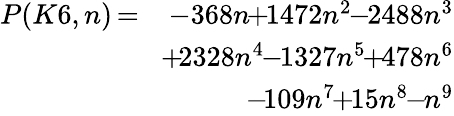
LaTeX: \begin{array}{rlr}{P(K6,n)}&{\! \! \! \! \! =\! \! \! \! \! }&{-368n\! \! +\! \! 1472n^{2}\! \! -\! \! 2488n^{3}}\\ &{}&{\! \! +\! 2328n^{4}\! \! -\! \! 1327n^{5}\! \! +\! \! 478n^{6}}\\ &{}&{\! \! -\! 109n^{7}\! \! +\! \! 15n^{8}\! \! -\! \! n^{9}}\end{array}